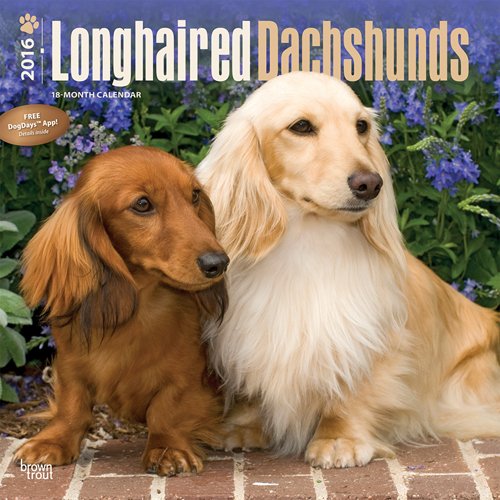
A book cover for Dachshunds, Longhaired 2016 Square 12x12; Browntrout Publishers; Calendars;